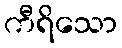
ကီရိသော